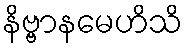
နိဗ္ဗာနမေဟိသိ